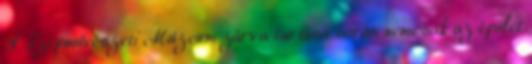
A Szépművészeti Múzeum zárva tartása során nemcsak az épület